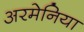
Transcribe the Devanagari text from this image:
अरमेनिया